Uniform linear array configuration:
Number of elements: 4
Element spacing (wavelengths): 0.5
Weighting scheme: hann
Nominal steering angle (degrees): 0
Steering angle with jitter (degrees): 0.1995
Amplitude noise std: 0.05
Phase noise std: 0.05

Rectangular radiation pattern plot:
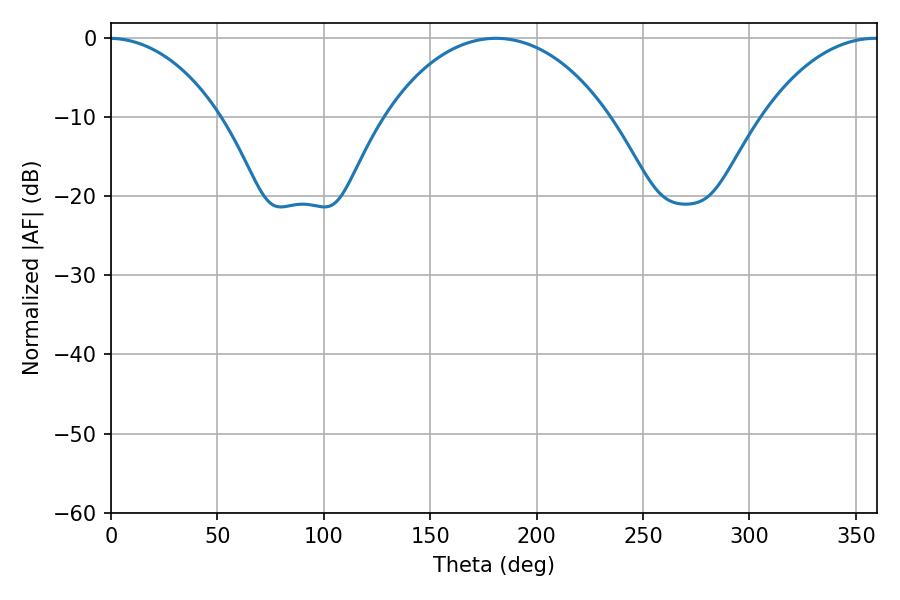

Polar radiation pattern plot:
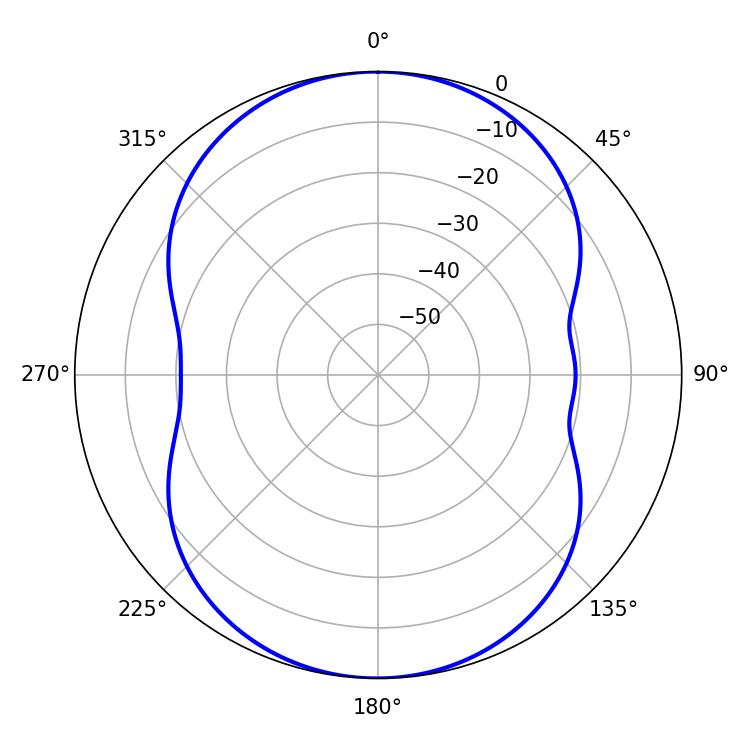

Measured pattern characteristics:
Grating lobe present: FALSE
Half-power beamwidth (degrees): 60.12
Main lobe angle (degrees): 180.9